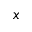
x